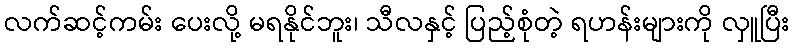
လက်ဆင့်ကမ်း ပေးလို့ မရနိုင်ဘူး၊ သီလနှင့် ပြည့်စုံတဲ့ ရဟန်းများကို လှူပြီး